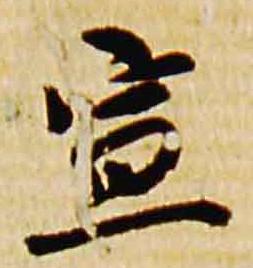
宣